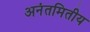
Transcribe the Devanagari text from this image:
अनंतमितीय